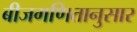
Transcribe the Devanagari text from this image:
बीजगणितानुसार